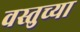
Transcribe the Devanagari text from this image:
वस्तुच्या